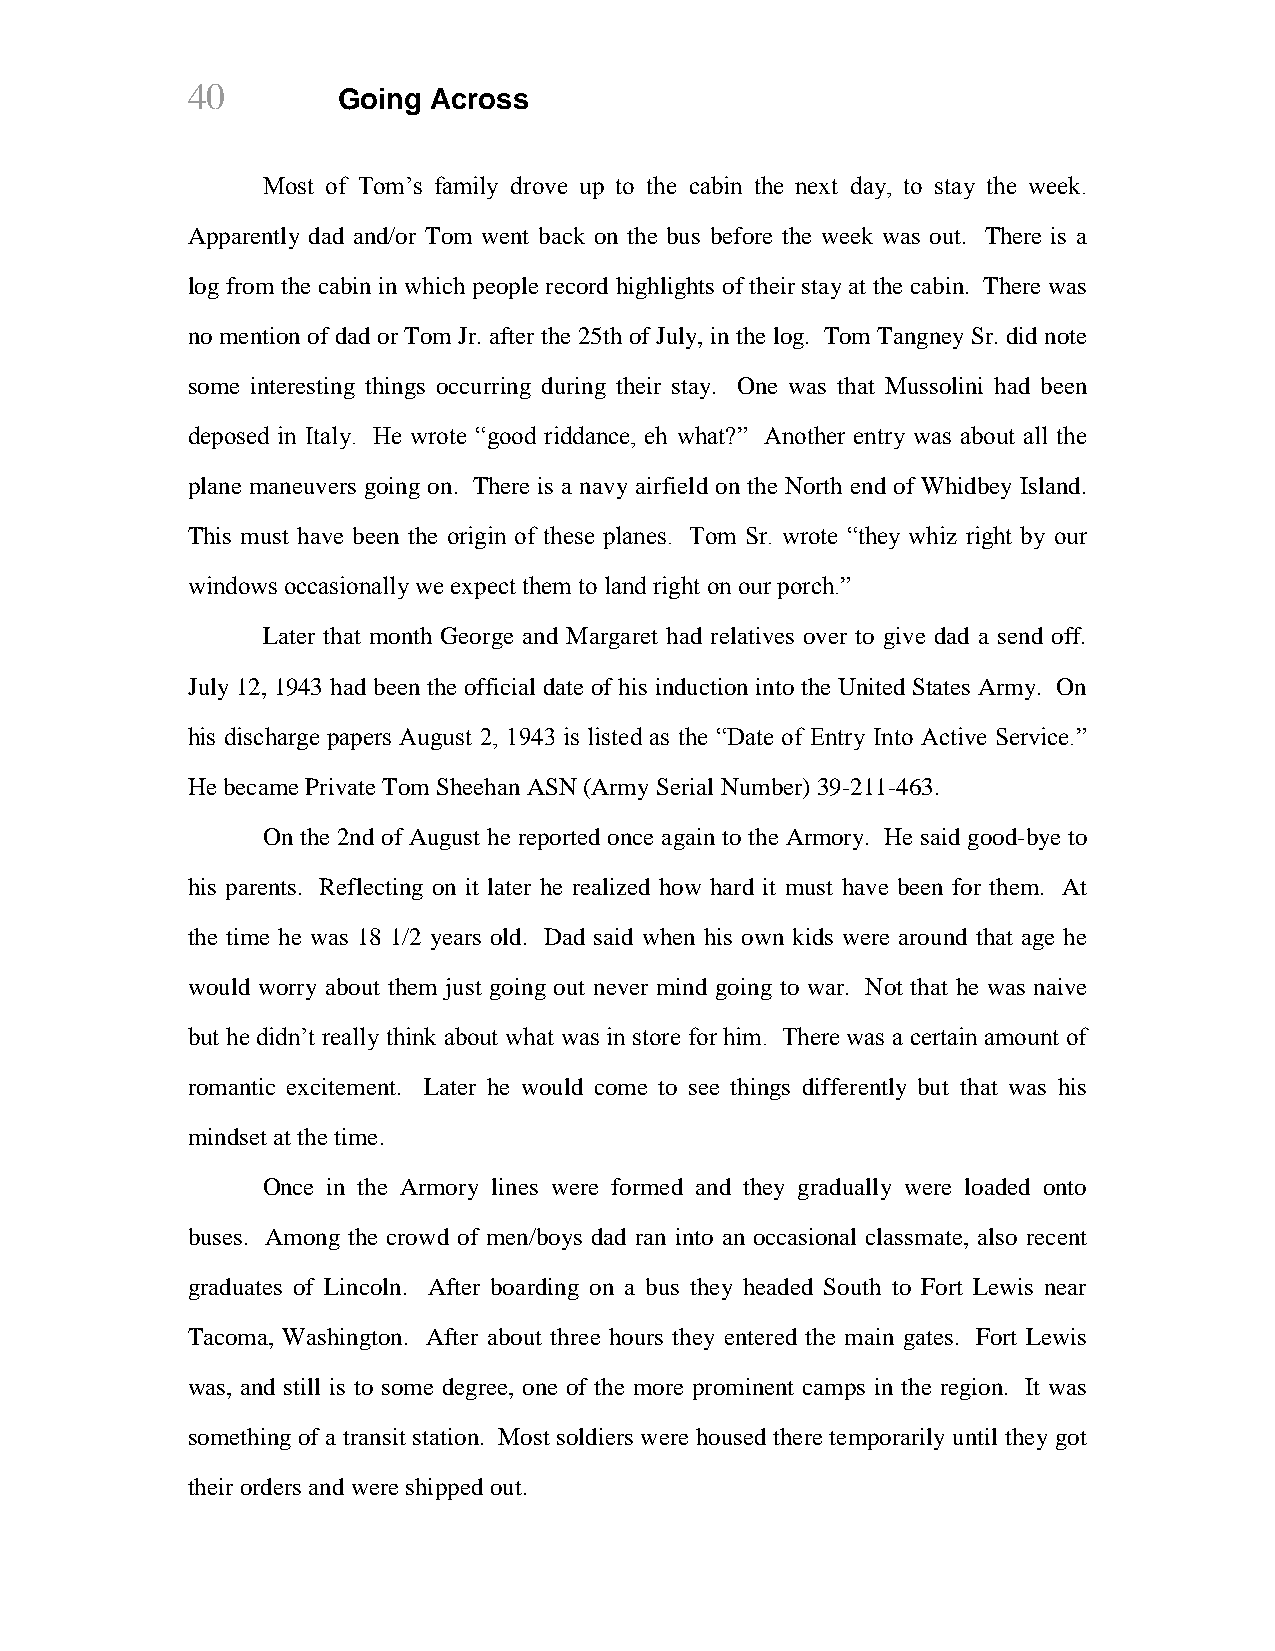
40        Going Across
 Most of Tom’s family drove up to the cabin the next day, to stay the week.
 Apparently dad and/or Tom went back on the bus before the week was out. There is a
 log from the cabin in which people record highlights of their stay at the cabin. There was
 no mention of dad or Tom Jr. after the 25th of July, in the log. Tom Tangney Sr. did note
 some interesting things occurring during their stay. One was that Mussolini had been
 deposed in Italy. He wrote “good riddance, eh what?” Another entry was about all the
 plane maneuvers going on. There is a navy airfield on the North end of Whidbey Island.
 This must have been the origin of these planes. Tom Sr. wrote “they whiz right by our
 windows occasionally we expect them to land right on our porch.”
 Later that month George and Margaret had relatives over to give dad a send off.
 July 12, 1943 had been the official date of his induction into the United States Army. On
 his discharge papers August 2, 1943 is listed as the “Date of Entry Into Active Service.”
 He became Private Tom Sheehan ASN (Army Serial Number) 39-211-463.
 On the 2nd of August he reported once again to the Armory. He said good-bye to
 his parents. Reflecting on it later he realized how hard it must have been for them. At
 the time he was 18 1/2 years old. Dad said when his own kids were around that age he
 would worry about them just going out never mind going to war. Not that he was naive
 but he didn’t really think about what was in store for him. There was a certain amount of
 romantic excitement. Later he would come to see things differently but that was his
 mindset at the time.
 Once in the Armory lines were formed and they gradually were loaded onto
 buses. Among the crowd of men/boys dad ran into an occasional classmate, also recent
 graduates of Lincoln. After boarding on a bus they headed South to Fort Lewis near
 Tacoma, Washington. After about three hours they entered the main gates. Fort Lewis
 was, and still is to some degree, one of the more prominent camps in the region. It was
 something of a transit station. Most soldiers were housed there temporarily until they got
 their orders and were shipped out.